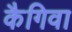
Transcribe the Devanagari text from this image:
कैगिवा